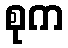
စုက